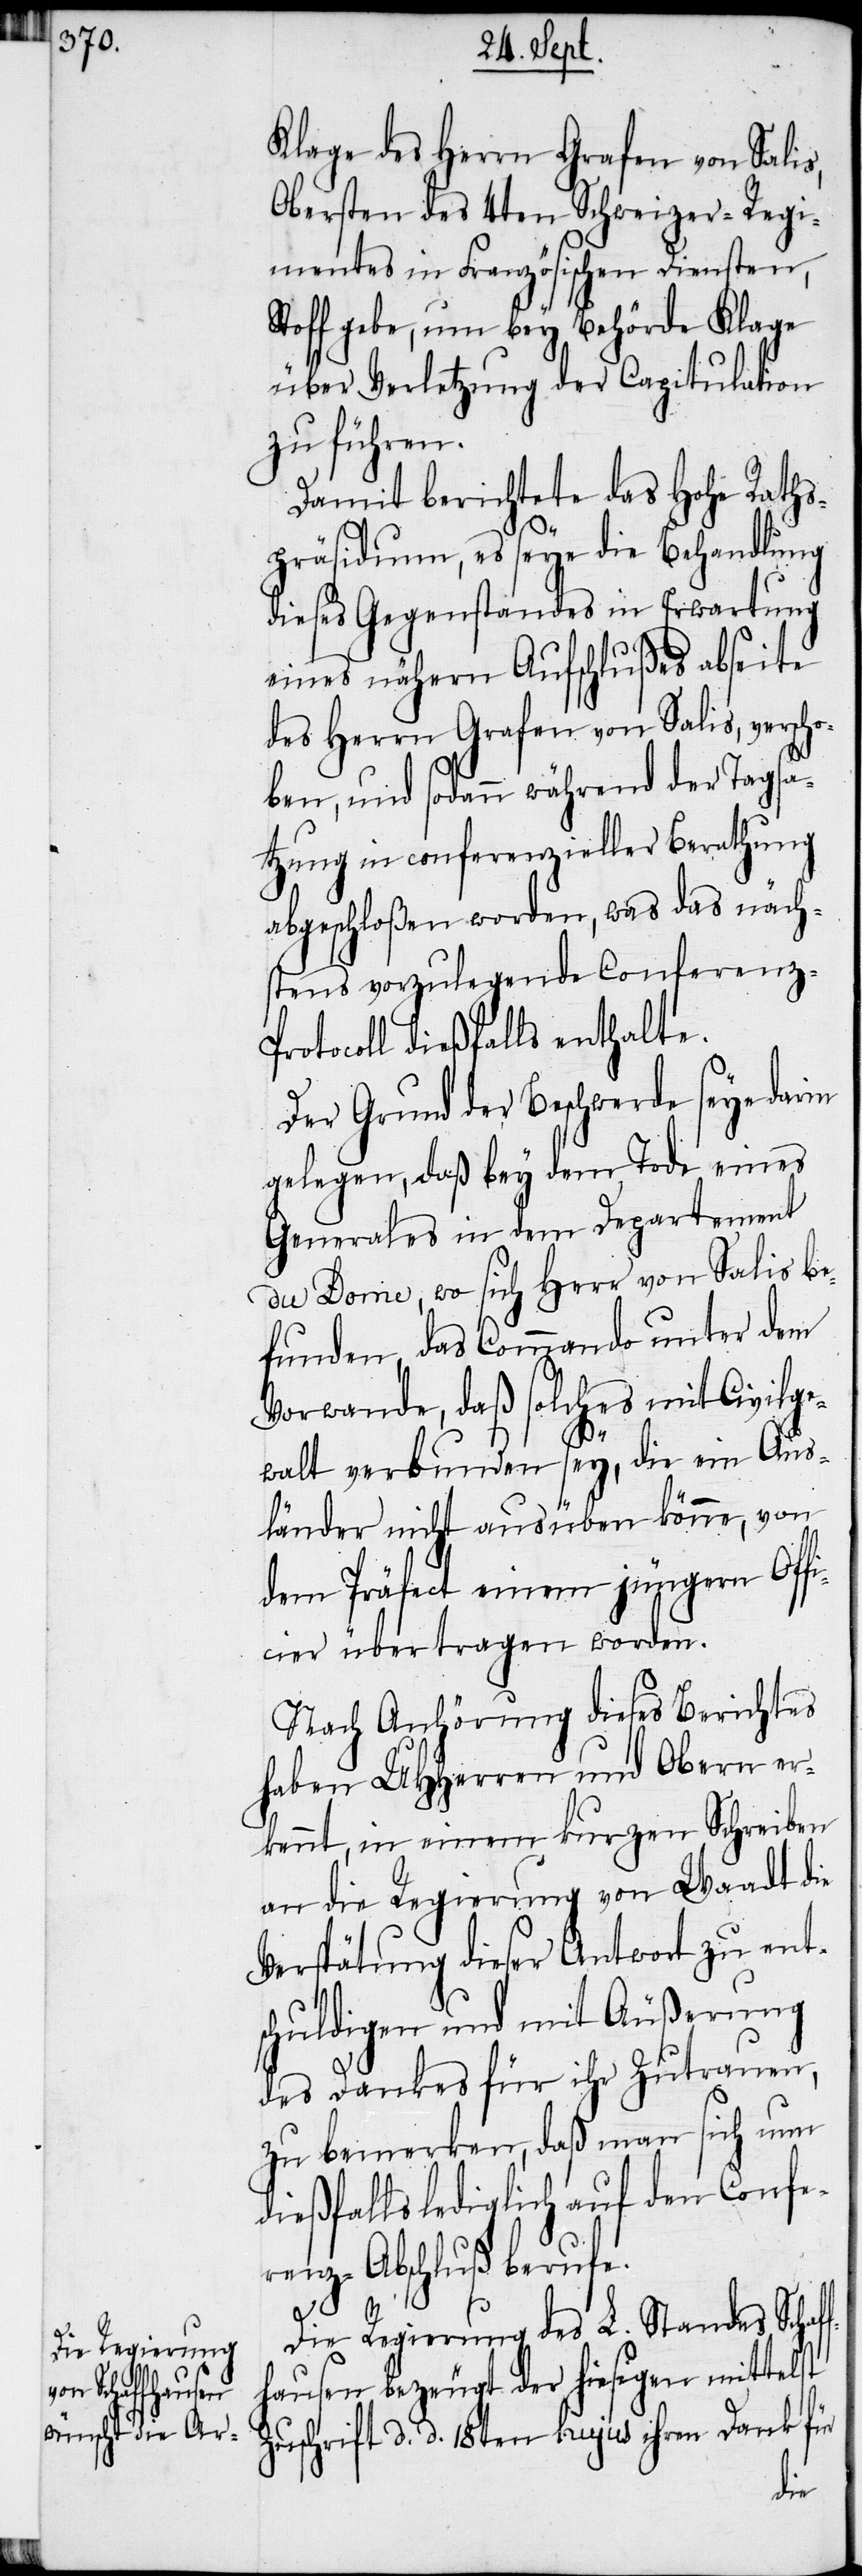
Klage des Herrn Grafen von Salis,
Obersten des 4ten Schweizer-Regi¬
mentes in Französischen Diensten,
Stoff gebe, um bey Behörde Klage
über Verletzung der Capitulation
zu führen.
Damit berichtete das Hohe Raths¬
präsidium, es seye die Behandlung
dieses Gegenstandes in Erwartung
eines nähern Aufschlußes abseite
des Herrn Grafen von Salis, versch¬
oben, und sodann während der Tagsa¬
tzung in conferenzieller Berathung
abgeschloßen worden, was das näch¬
stens vorzulegende Conferenz-P¬
rotocoll dießfalls enthalte.
Der Grund der Beschwerde seye darin
gelegen, daß bey dem Tode eines
Generals in dem Departement
du Dome, wo sich Herr von Salis be¬
funden, das Commando unter dem
Vorwande, daß solches mit Civilge¬
walt verbunden sey, die ein Aus¬
länder nicht ausüben könne, von
dem Präfect einem jüngern Offi¬
cier übertragen worden.
Nach Anhörung dieses Berichtes
haben UHHerren und Obern er¬
kennt, in einem kurzen Schreiben
an die Regierung von Waadt die
Verspätung dieser Antwort zu ent¬
schuldigen und mit Äußerung
des Dankes für ihr Zutrauen,
zu bemerken, daß man sich nun
dießfalls lediglich auf den Confe¬
renz-Abschluß berufe.
Die Regierung des L. Standes Schaf¬
fhausen bezeugt der hiesigen mittelst
Zuschrift d. d. 18ten hujus ihren Dank für